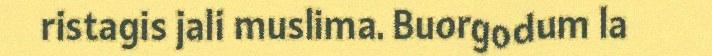
ristagis jali muslima. Buorgodum la